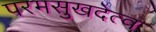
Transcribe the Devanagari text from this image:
परमसुखदेत्व